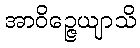
အာဝိဉ္ဇေယျာသိ